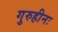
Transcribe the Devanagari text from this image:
गुरुहीनः